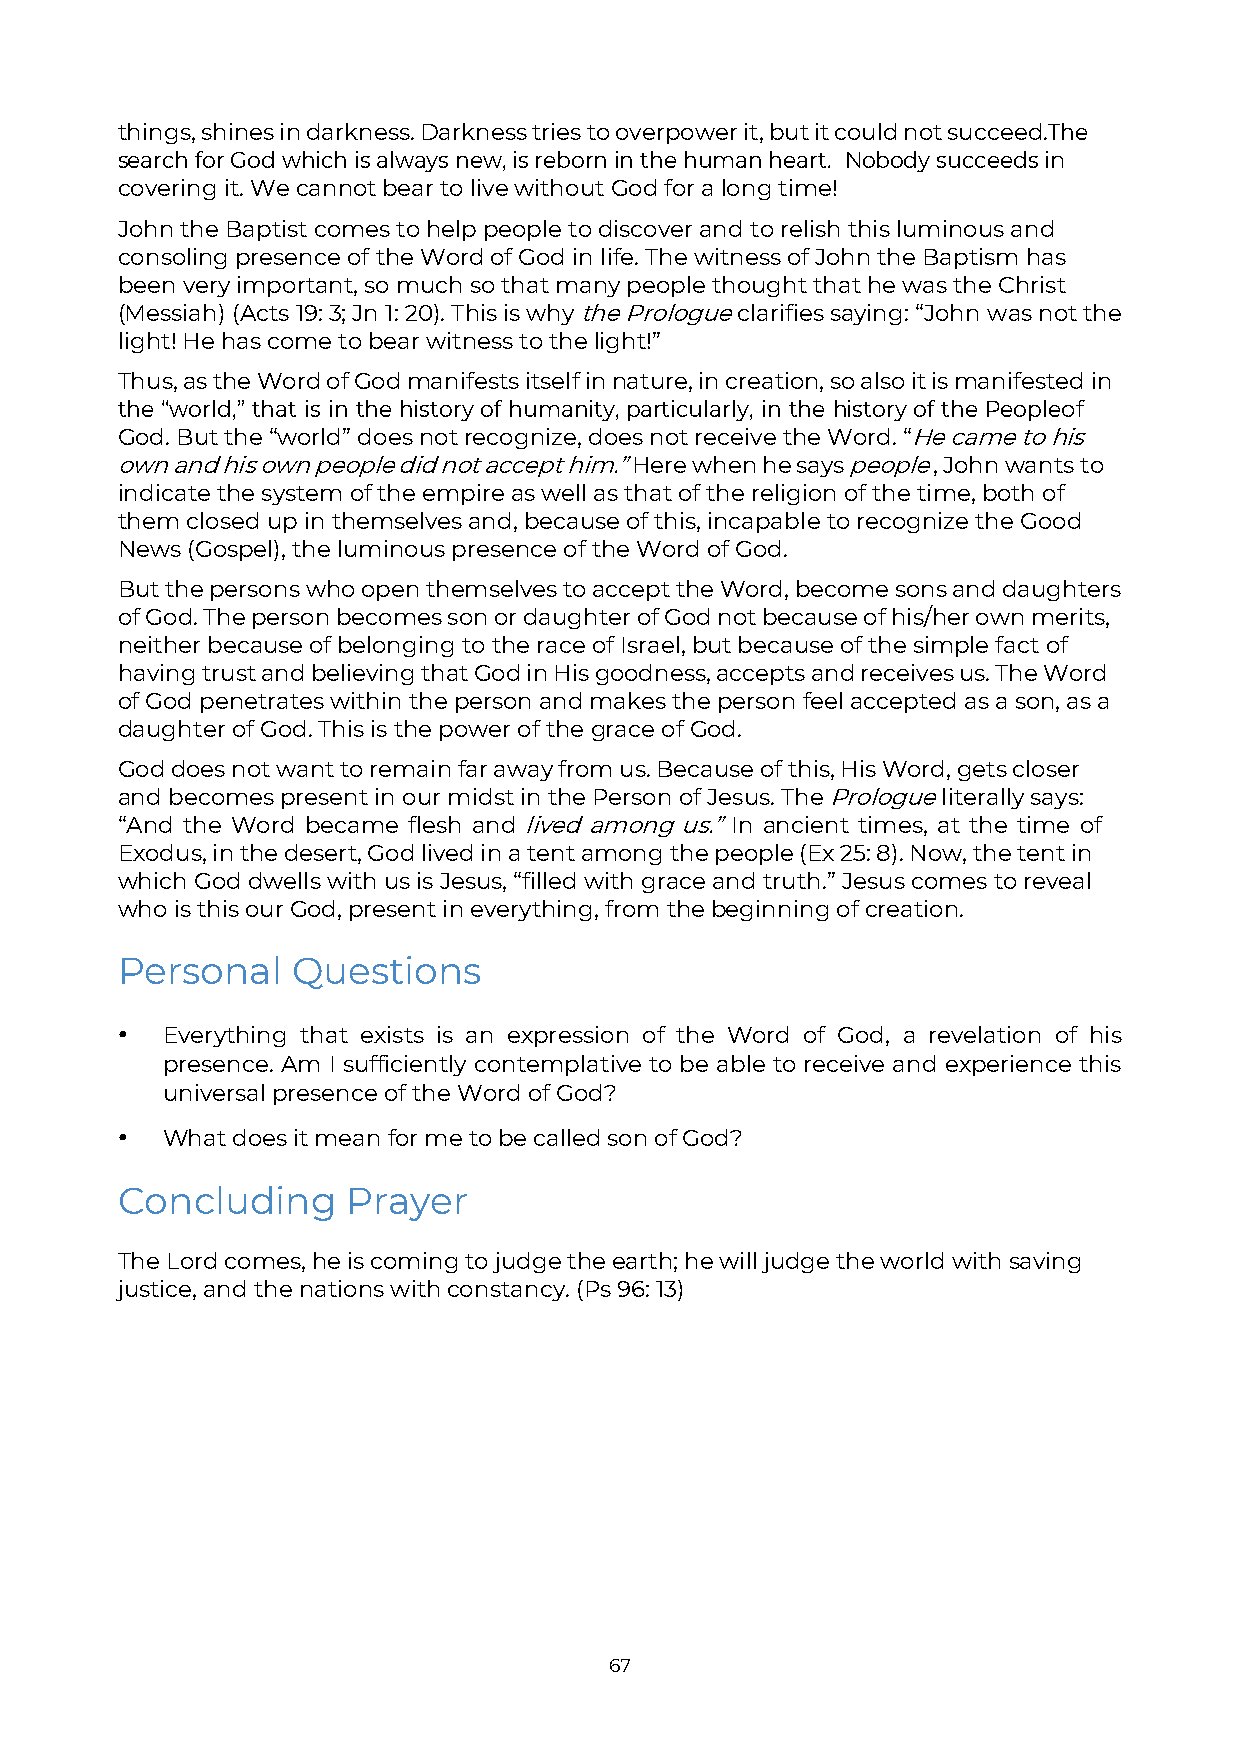
things, shines in darkness. Darkness tries to overpower it, but it could not succeed. The
 search for God which is always new, is reborn in the human heart. Nobody succeeds in
 covering it. We cannot bear to live without God for a long time!
 John the Baptist comes to help people to discover and to relish this luminous and
 consoling presence of the Word of God in life. The witness of John the Baptism has
 been very important, so much so that many people thought that he was the Christ
 (Messiah) (Acts 19: 3; Jn 1: 20). This is why the Prologue clarifies saying: “John was not the
 light! He has come to bear witness to the light!”
 Thus, as the Word of God manifests itself in nature, in creation, so also it is manifested in
 the “world,” that is in the history of humanity, particularly, in the history of the People of
 God. But the “world” does not recognize, does not receive the Word. “He came to his
 own and his own people did not accept him.” Here when he says people , John wants to
 indicate the system of the empire as well as that of the religion of the time, both of
 them closed up in themselves and, because of this, incapable to recognize the Good
 News (Gospel), the luminous presence of the Word of God.
 But the persons who open themselves to accept the Word, become sons and daughters
 of God. The person becomes son or daughter of God not because of his/her own merits,
 neither because of belonging to the race of Israel, but because of the simple fact of
 having trust and believing that God in His goodness, accepts and receives us. The Word
 of God penetrates within the person and makes the person feel accepted as a son, as a
 daughter of God. This is the power of the grace of God.
 God does not want to remain far away from us. Because of this, His Word, gets closer
 and becomes present in our midst in the Person of Jesus. The Prologue literally says:
 “And the Word became flesh and lived among us.” In ancient times, at the time of
 Exodus, in the desert, God lived in a tent among the people (Ex 25: 8). Now, the tent in
 which God dwells with us is Jesus, “filled with grace and truth.” Jesus comes to reveal
 who is this our God, present in everything, from the beginning of creation.
 Personal   Questions
 •  Everything that exists is an expression of the Word of God, a revelation of his
 presence. Am I sufficiently contemplative to be able to receive and experience this
 universal presence of the Word of God?
 •  What does it mean for me to be called son of God?
 Concluding     Prayer
 The Lord comes, he is coming to judge the earth; he will judge the world with saving
 justice, and the nations with constancy. (Ps 96: 13)
 67